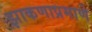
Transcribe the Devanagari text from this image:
झाकणाप्रमाणे